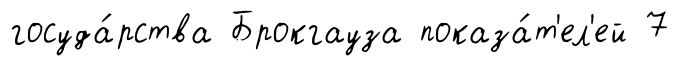
госуда́рства Брокгауза показа́т'ел'ей 7